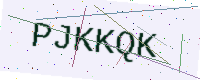
Text: PJKKQK